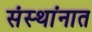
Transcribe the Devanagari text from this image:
संस्थांनात